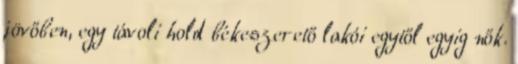
jövőben, egy távoli hold békeszerető lakói egytől egyig nők.